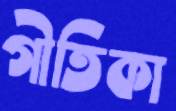
গীতিকা